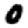
Digit: 0